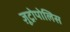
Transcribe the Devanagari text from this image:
ज़ूट्रोपोलिस